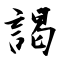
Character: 謁